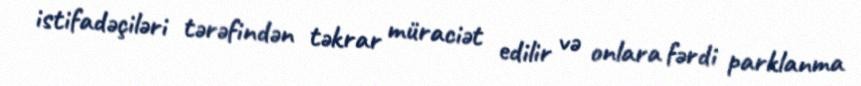
istifadəçiləri tərəfindən təkrar müraciət edilir və onlara fərdi parklanma